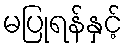
မပြုရန်နှင့်